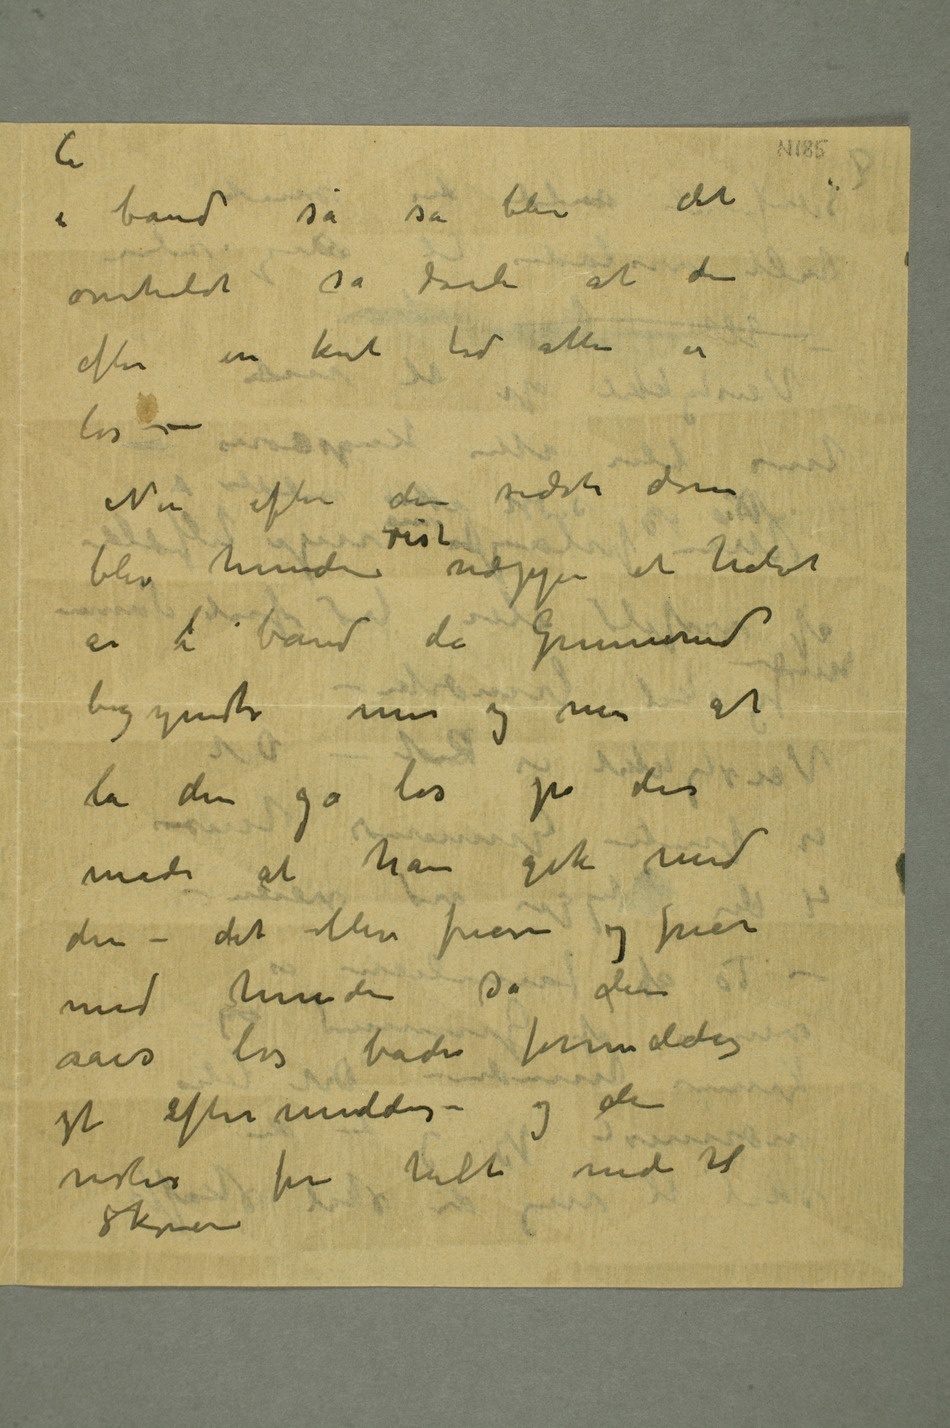
i bånd så så blir det
overholdt så dårli at den
løs –
Nu efter den sidste dom
begynte mer og mer at
måde at han gik med
den – det blev friere og friere
med hunden så den såes
næsten fri helt ned til
Skøien